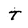
Character: T